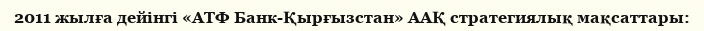
2011 жылға дейінгі «АТФ Банк-Қырғызстан» ААҚ стратегиялық мақсаттары: